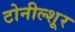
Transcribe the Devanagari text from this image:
टोनील्शूर